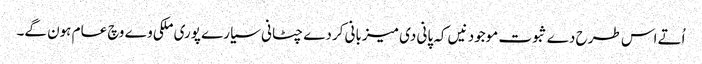
اُتے اس طرح دے ثبوت موجود نیں کہ پانی دی میزبانی کردے چٹانی سیارے پوری ملکی وے وچ عام ہون گے۔